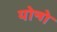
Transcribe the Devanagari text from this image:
योन्गे